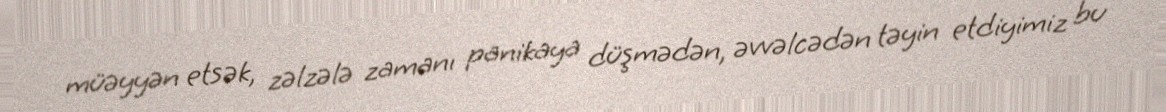
müəyyən etsək, zəlzələ zamanı panikaya düşmədən, əvvəlcədən təyin etdiyimiz bu